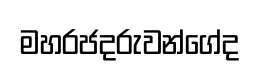
මහරජදරුවන්ගේද